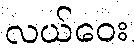
လယ်ဝေး